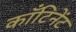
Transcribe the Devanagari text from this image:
काँटिनेंट